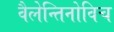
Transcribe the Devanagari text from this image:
वैलेन्तिनोविच